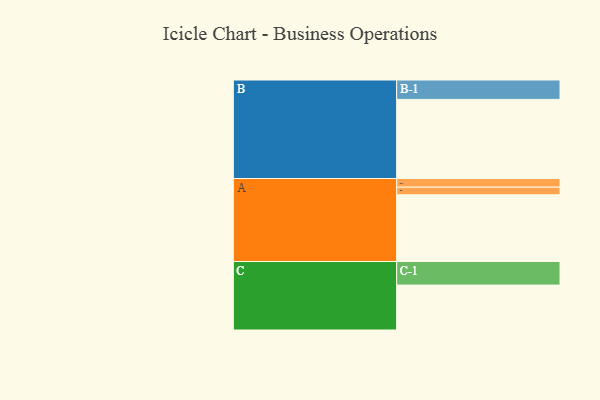
{"axis": {"x": "Segment", "y": "Value"}, "legend": ["", "A", "B", "C"], "data": [{"x": "A", "y": 447, "type": ""}, {"x": "B", "y": 530, "type": ""}, {"x": "C", "y": 301, "type": ""}, {"x": "A-1", "y": 58, "type": "A"}, {"x": "A-2", "y": 51, "type": "A"}, {"x": "B-1", "y": 130, "type": "B"}, {"x": "C-1", "y": 158, "type": "C"}]}